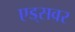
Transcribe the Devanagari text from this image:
एड्‌सवर